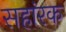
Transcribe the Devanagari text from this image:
सहांरक